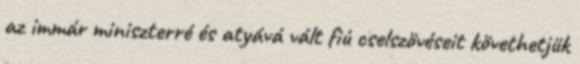
az immár miniszterré és atyává vált fiú cselszövéseit követhetjük